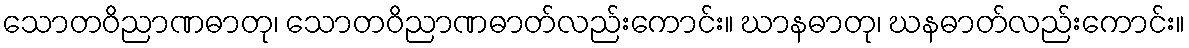
သောတဝိညာဏဓာတု၊ သောတဝိညာဏဓာတ်လည်းကောင်း။ ဃာနဓာတု၊ ဃနဓာတ်လည်းကောင်း။